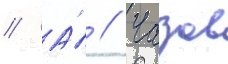
// А́ // Чазов